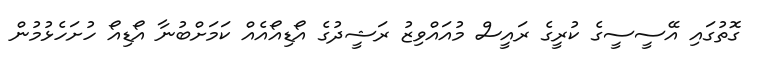
ގޮތުގައި އޭސީސީގެ ކުރީގެ ރައީސް މުއައްވިޒު ރަޝީދުގެ އޯޑިއޯއެއް ކަމަށްބުނާ އޯޑިއޯ ހުށަހެޅުމުން